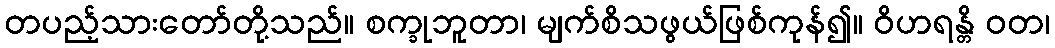
တပည့်သားတော်တို့သည်။ စက္ခုဘူတာ၊ မျက်စိသဖွယ်ဖြစ်ကုန်၍။ ဝိဟရန္တိ ဝတ၊